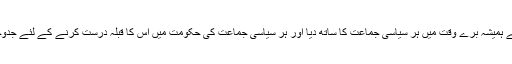
انہوں نے ہمیشہ برے وقت میں ہر سیاسی جماعت کا ساتھ دیا اور ہر سیاسی جماعت کی حکومت میں اس کا قبلہ درست کرنے کے لئے جدوجہد کی۔